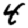
Digit: 4